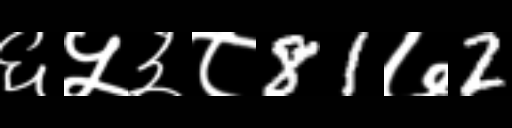
Text: ६५३८81७2